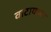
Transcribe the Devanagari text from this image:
वाटायच्या